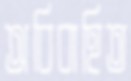
অবিবাহিত